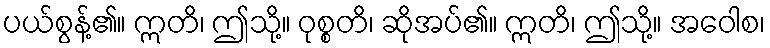
ပယ်စွန့်၏။ ဣတိ၊ ဤသို့။ ဝုစ္စတိ၊ ဆိုအပ်၏။ ဣတိ၊ ဤသို့။ အဝေါစ၊